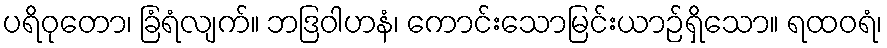
ပရိဝုတော၊ ခြံရံလျက်။ ဘဒြဝါဟနံ၊ ကောင်းသောမြင်းယာဉ်ရှိသော။ ရထဝရံ၊